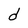
Character: d